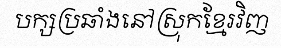
បក្សប្រឆាំងនៅស្រុកខ្មែរវិញ